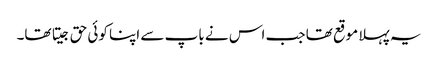
یہ پہلا موقع تھا جب اس نے باپ سے اپنا کوئی حق جیتا تھا۔